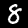
Digit: 8